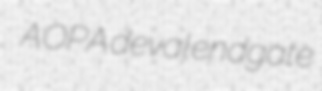
AOPA deval endgate